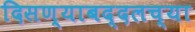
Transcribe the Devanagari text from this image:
दिसण्याबद्दलच्या